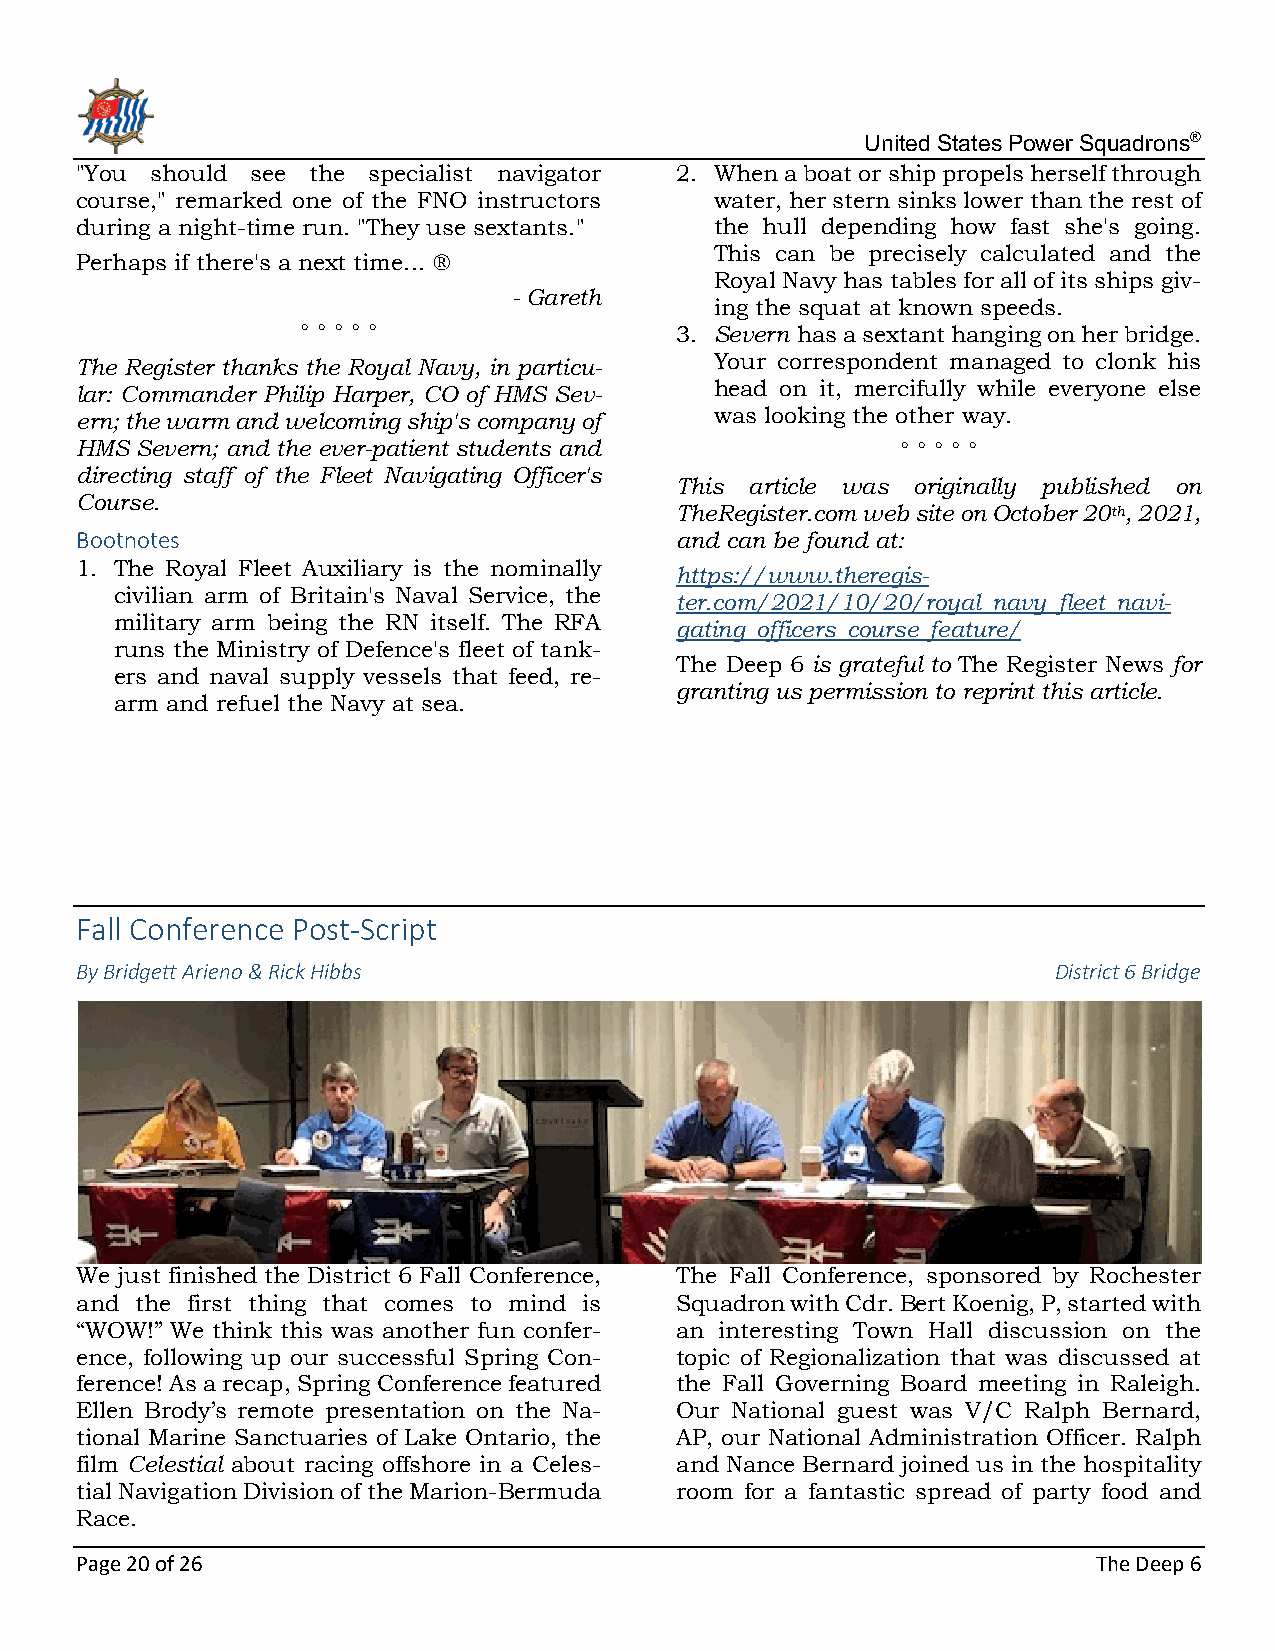
United States Power Squadrons®
 "You should see the specialist navigator 2. When a boat or ship propels herself through
 course," remarked one of the FNO instructors water, her stern sinks lower than the rest of
 during a night-time run. "They use sextants." the hull depending how fast she's going.
 This can be precisely calculated and the
 Perhaps if there's a next time... ®
 Royal Navy has tables for all of its ships giv-
 - Gareth
 ing the squat at known speeds.
 ° ° ° ° °                3. Severn has a sextant hanging on her bridge.
 Your correspondent managed to clonk his
 The Register thanks the Royal Navy, in particu-
 head on it, mercifully while everyone else
 lar: Commander Philip Harper, CO of HMS Sev-
 was looking the other way.
 ern; the warm and welcoming ship's company of
 HMS Severn; and the ever-patient students and          ° ° ° ° °
 directing staff of the Fleet Navigating Officer's
 This article was originally published on
 Course.
 TheRegister.com web site on October 20th, 2021,
 Bootnotes                               and can be found at:
 1. The Royal Fleet Auxiliary is the nominally
 https://www.theregis-
 civilian arm of Britain's Naval Service, the
 ter.com/2021/10/20/royal_navy_fleet_navi-
 military arm being the RN itself. The RFA
 gating_officers_course_feature/
 runs the Ministry of Defence's fleet of tank-
 The Deep 6 is grateful to The Register News for
 ers and naval supply vessels that feed, re-
 granting us permission to reprint this article.
 arm and refuel the Navy at sea.
 Fall Conference Post-Script
 By Bridgett Arieno & Rick Hibbs                                  District 6 Bridge
 We just finished the District 6 Fall Conference, The Fall Conference, sponsored by Rochester
 and the first thing that comes to mind is Squadron with Cdr. Bert Koenig, P, started with
 “WOW!” We think this was another fun confer- an interesting Town Hall discussion on the
 ence, following up our successful Spring Con- topic of Regionalization that was discussed at
 ference! As a recap, Spring Conference featured the Fall Governing Board meeting in Raleigh.
 Ellen Brody’s remote presentation on the Na- Our National guest was V/C Ralph Bernard,
 tional Marine Sanctuaries of Lake Ontario, the AP, our National Administration Officer. Ralph
 film Celestial about racing offshore in a Celes- and Nance Bernard joined us in the hospitality
 tial Navigation Division of the Marion-Bermuda room for a fantastic spread of party food and
 Race.
 Page 20 of 26                                                       The Deep 6